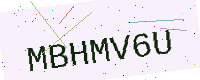
Text: MBHMV6U